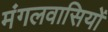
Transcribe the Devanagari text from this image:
मंगलवासियों